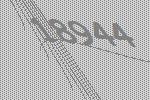
18944